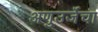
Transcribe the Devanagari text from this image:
अणुउर्जेचा